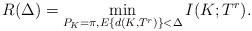
LaTeX: \begin{align*} R(\Delta) = \min_{P_K=\pi,E\{d(K,T^r)\}<\Delta} I(K;T^r).\end{align*}